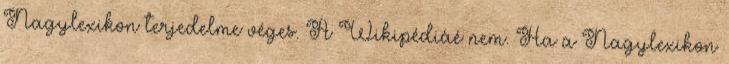
Nagylexikon terjedelme véges. A Wikipédiáé nem. Ha a Nagylexikon